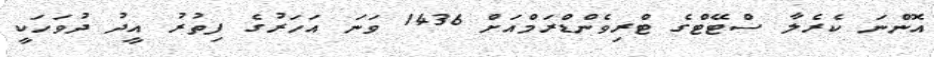
އޮންނަ ކެރެލާ ސްޓޭޓްގެ ޓްރިވެންޑްރަމްއަށް 1436 ވަނަ އަހަރުގެ ފިތުރު އީދު ދުވަހަކީ